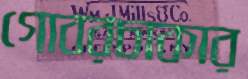
গোবরচাকার